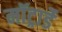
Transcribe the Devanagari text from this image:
मॉट्रार्डे